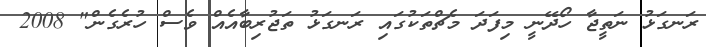
ރަނގަޅު ނަތީޖާ ހޯދޭނީ މިފަދަ މެޗްތަކުގައި ރަނގަޅު ތަޖުރިބާއެއް ވެސް ހުރެގެން" 2008